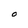
Character: O